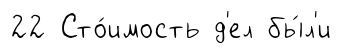
22 Сто́имость д'ел бы́л'и